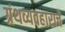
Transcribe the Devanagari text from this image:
ग्रंथव्यवहाराचे